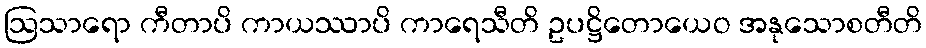
ဩသာရော ကီတာပိ ကာယဿာပိ ကာရေသီတိ ဥပဋ္ဌိတောယေဝ အနုသောစတီတိ